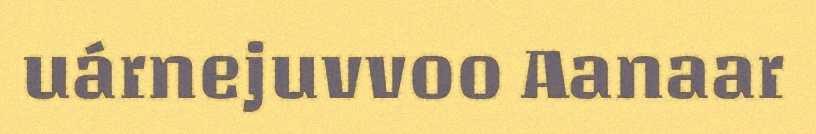
uárnejuvvoo Aanaar